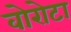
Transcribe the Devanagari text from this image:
वोरोटा